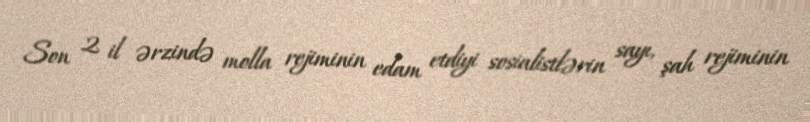
Son 2 il ərzində molla rejiminin edam etdiyi sosialistlərin sayı, şah rejiminin